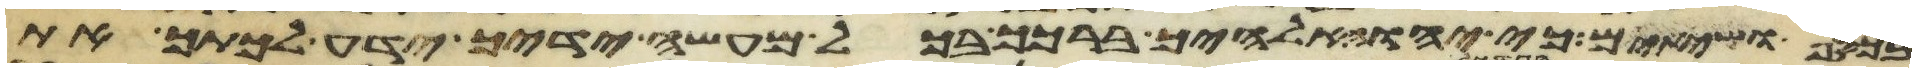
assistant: בכסף ושתיתם כי יהוה אלהיך ברכך בכל מעשה ידיך ידע לכתך את